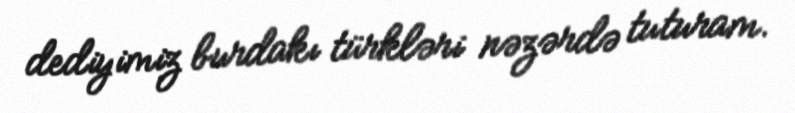
dediyimiz burdakı türkləri nəzərdə tuturam.